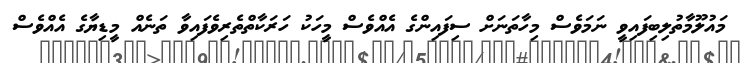
މައުލޫމާތުލިބިފައިވީ ނަމަވެސް މިހާތަނަށް ސިފައިންގެ އެއްވެސް މީހަކު ހަރަކާތްތެރިވެފައިވާ ތަނެއް މީޑިޔާގެ އެއްވެސް